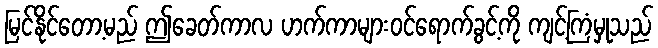
မြင်နိုင်တော့မည် ဤခေတ်ကာလ ဟက်ကာများဝင်ရောက်ခွင့်ကို ကျင့်ကြံမှုသည်